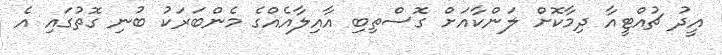
އީދު ޗުއްޓީއާ ދިމާކޮށް ލަންކާއަށް ގޮސްތިބި އާއިލާއެއްގެ މެންބަރަކު ބުނި ގޮތުގައި އެ